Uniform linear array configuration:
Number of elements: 32
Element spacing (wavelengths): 0.25
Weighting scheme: uniform
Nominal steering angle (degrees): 0
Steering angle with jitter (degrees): -0.9233
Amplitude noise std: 0.05
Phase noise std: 0.05

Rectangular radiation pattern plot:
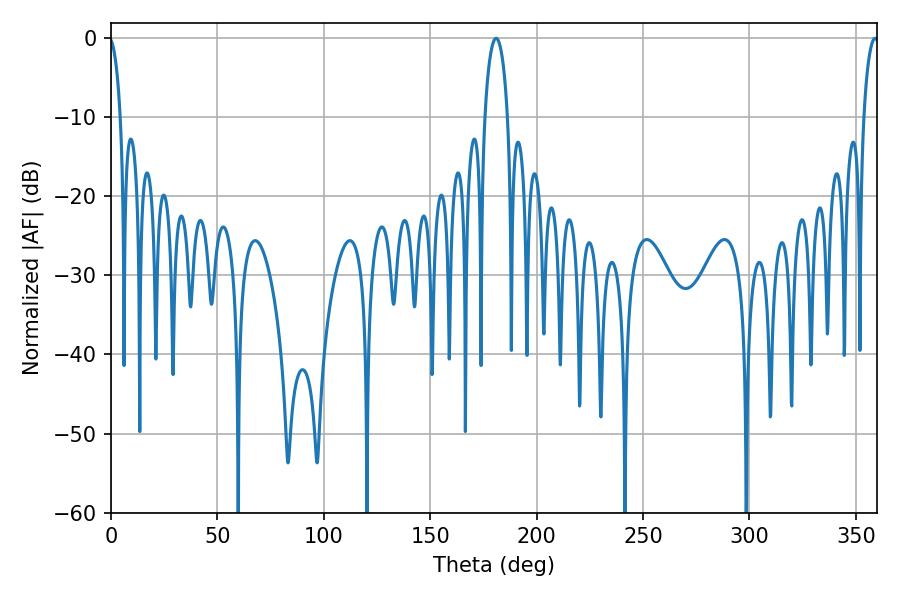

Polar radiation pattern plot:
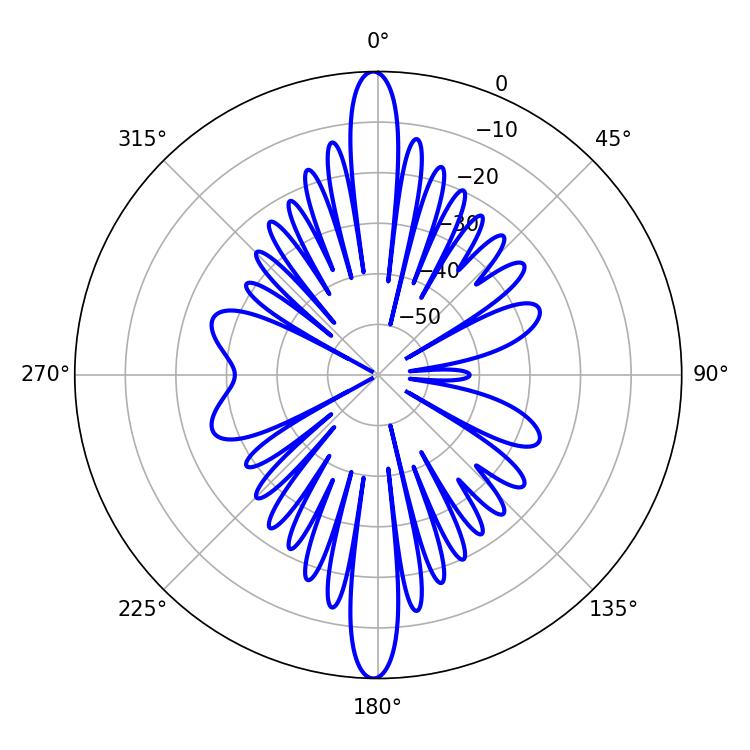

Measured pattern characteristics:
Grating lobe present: FALSE
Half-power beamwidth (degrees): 6.12
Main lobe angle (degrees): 180.9